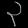
Digit: ၃